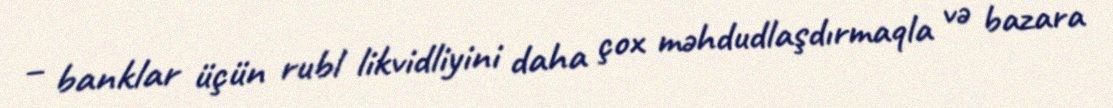
– banklar üçün rubl likvidliyini daha çox məhdudlaşdırmaqla və bazara